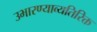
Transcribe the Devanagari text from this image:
उभारण्याव्यतिरिक्त